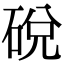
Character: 䂱